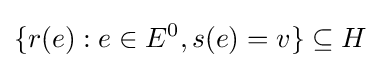
\{r(e):e\in E^{0},s(e)=v\}\subseteq H